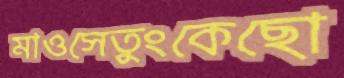
মাওসেতুংকেছো